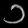
Digit: ၁